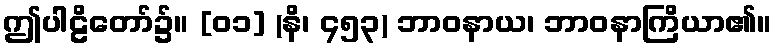
ဤပါဠိတော်၌။ [၀၁] (နိ၊ ၄၅၃) ဘာဝနာယ၊ ဘာဝနာကြိယာ၏။